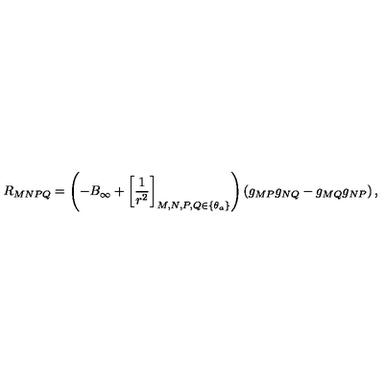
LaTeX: R _ { M N P Q } = \left( - B _ { \infty } + \left[ \frac { 1 } { r ^ { 2 } } \right] _ { M , N , P , Q \in \{ \theta _ { a } \} } \right) \left( g _ { M P } g _ { N Q } - g _ { M Q } g _ { N P } \right) ,